Leaving Certificate Examination, 1903
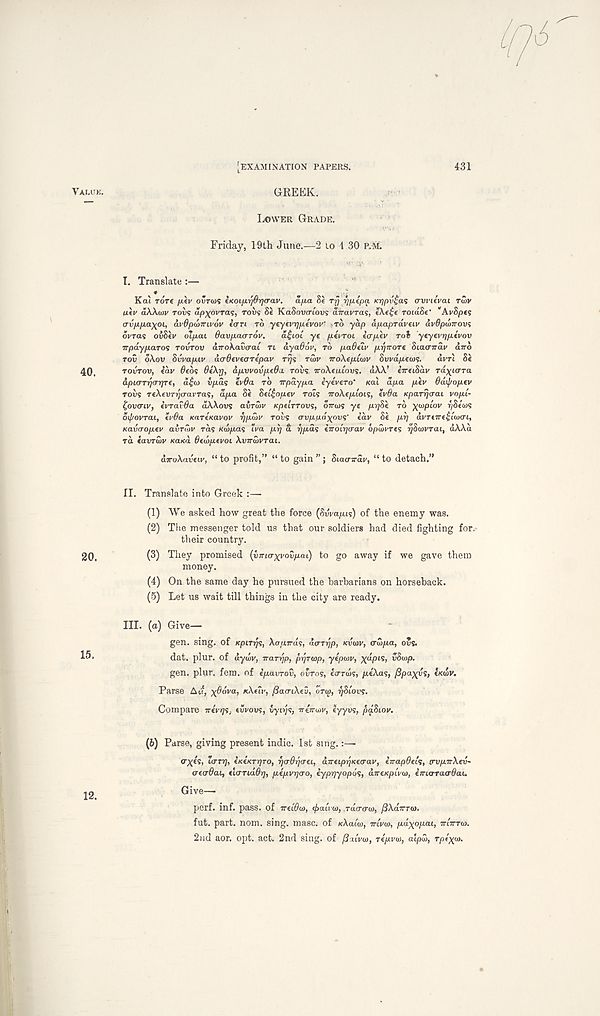
[EXAMINATION PAPERS.
GREEK.
431
LOWER GRADE.
Friday, 19th June.—2 to 1 30 P.M.
I. Translate :—
Kcu Tore fj.lv OUTCOS tKoifirfO-rjarav.
a/xa Se rrj rffitpa K7)pv£as trvvuvai rutv
Htv aXXdiv Tov? ap)(ovra<s, roes 8« KaSovo-toe? aTravras, iXt£t rotaSe - "AvSpcs
avp-fLa^pi, avOpwirivov ean TO yeycvifpevov' .TO yap apapTaveiv avOpoiirovi
ovras ov&ev oTp.ai davp-aarov.
a£ioi ye plvToi icrp.lv Toi yty(vrjp.ivov
irpayp-aTOS TOVTOV airoXavcrai Tt ayaOov, TO paOeiv p.rprroT€ Siacnrav arro
TOV oXov 8vvap.iv acrOeveaTepav r^s TUXV TroXepCojv Svvapeajs.
dvrl 8e
TOVTOV, iav Bids OeXrf, ap.vvovp.t6a rovs; iroXtatovs. dXX’ eireiSai/ ra^tcrra
apio-Tr/orrp-e, a£tj> vp.a<; ivOa TO IT pay pa eyeVero' naX dpa plv Odij/opev
rows reXeur^crai'Tas, dpa 8f 8(i£opev rots iroXtploL';, tvOa KpaTrjcrai vopl-
^ovcnv, ivTavOa aWovs avrcdv KpclrTovs, OTTOJS ye prjSe TO ^wpcov r/8«0JS
oif/ovrai, ivOa KartKavov rfpdiV rows avpan^ovs' idv 8e prj avTnre^Luicn,
Kavcroptv avrCov ras K(dpa<; iva prj a rjpd 1 ; iiroitjcrav o/JuWes rjSwvTai, dXXd
rd iavrwv Kaxa Otdjptvoi Xvird>vTai.
diroXavew, “ to profit,” “ to gain ” ; Scaa-n-dv, “ to detach.”
II. Translate into Greek :—
(1) We asked how great the force (8vvapi<s) of the enemy was.
(2) Tlie messenger told us that our soldiers had died fighting for.
their country.
(3) They promised [viria-xvovpai) to go away if we gave them
money.
(4) On the same day he pursued the barbarians on horseback.
(5) Let us wait till things in the city are ready.
III. (a) Give-
gen. sing, of KptrjJs, Aa.tiTras, aaTrjp, KVOJV, crdpa, o’s.
dat. plur. of dywv, rraTrjp, prjTwp, yepoiv, X“P ts > vSo)/>.
gen. plur. fern, of ipavTov, olros, €crrws, jK.eA.as, jS/aa^ws, IKWV.
Parse A if, xOdva, KXUV, (SaaiXtu, OTCO, r/Stovs.
Compare iriv't}*, evrows, wyn;s, rriirov, eyyus, paBiov.
(6) Parse, giving present indie. 1st sing.:—•
axe’s, Icruj, iKtKTrjro, rjcrOrfcru, airtiprjKtirav, iirapOtls, crvptrXev-
atcrdai, tlcmdOr), pipvrjcro, iyprjyopos, dirtKpivoj, iirarracrOau
Give—
perf. inf. pass, of irtLOca, cfralvca, TUKTCTOJ, jSAairrw.
fut. part. nom. sing. masc. of KXaiw, TTLVCJJ, pd-^opai, TTITTTU).
2nd aor. opt. act. 2nd sing, of jSatVw, Ttpvoi, alpd), rpex™-